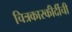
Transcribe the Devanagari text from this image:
चित्रकारकीर्दीची